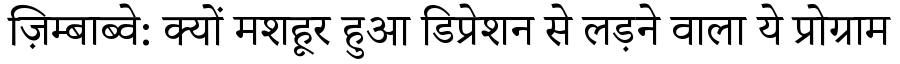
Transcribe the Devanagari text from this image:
ज़िम्बाब्वे: क्यों मशहूर हुआ डिप्रेशन से लड़ने वाला ये प्रोग्राम